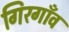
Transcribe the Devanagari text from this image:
गिरगाँव